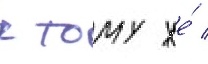
к тому же́ /